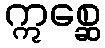
ဣစ္ဆေ